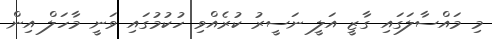
މި މައްސާލަގައި ގާޒީ އަލީ ނަސީރު ކުރެއްވި ހުކުމުގައި ވަނީ މާހަލް އިން